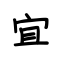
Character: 宜